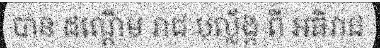
បាន ដណ្តើម រាជ បល្ល័ង្ក ពី អធិរាជ